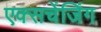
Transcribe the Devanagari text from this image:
एक्सचेंजिंग